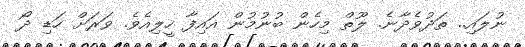
ނުލައި.. ތަދުވެދާނެ. ލޫތް މިހެން ބުނުމުން އައިފާ ހީލިއެވެ. ވަރަށް ހަޑި ދޯ